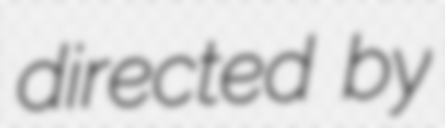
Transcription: directed by